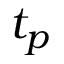
t _ { p }